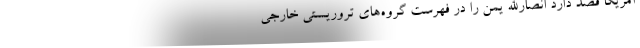
آمریکا قصد دارد انصارالله یمن را در فهرست گروه‌های تروریستی خارجی